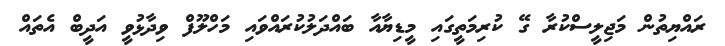
ރައްޔިތުން މަޖިލީސްކުރާ ގޭ ކުރިމަތީގައި މީޑިޔާއާ ބައްދަލުކުރައްވައި މަހްލޫފް ވިދާޅުވީ އަދީބް އެތައް